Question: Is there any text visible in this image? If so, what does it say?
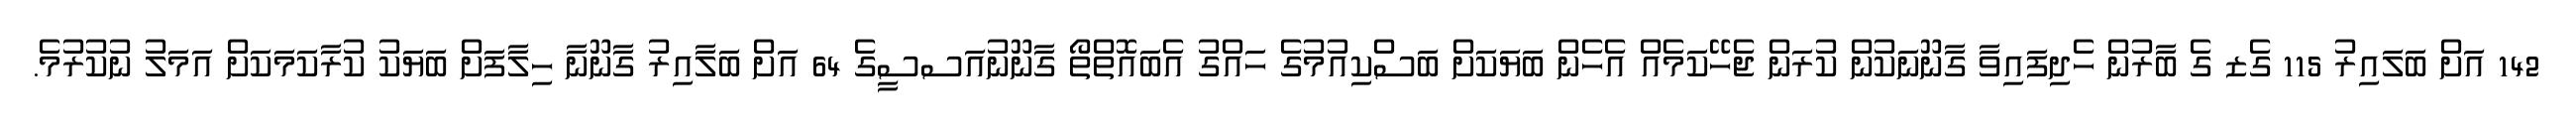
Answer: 142 އަށް ބަލައިރު 115 ގެޒ ގެ ބާރުން ހެދިފައިވާ ގާނޫނަކުން ކުރަން ޖެހޭކަމެއް އެހެން ބަޔަކަށް ބަސްކިއުމުގެ ހައްގު އެބައޮތްތޯ ގާނޫނުއަސސީގެ 64 އަށް ބަލާއިރު ގާނޫނާ ހިލާފަށް ބަޔަކު ކުރާކަމަކަށް އަމަލު ނުކުރުމެ.